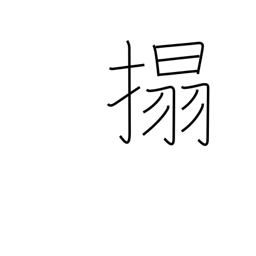
Meaning: rub a copy of a stone inscription